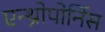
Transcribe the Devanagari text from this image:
एन्थ्रोपोर्निस